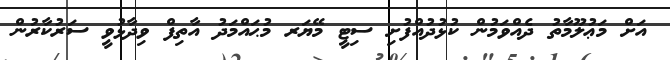
އަށް މަޢުލޫމާތު ދެއްވަމުން ކުޅުދުއްފުށި ސިޓީ މޭޔަރ މުޙައްމަދު އާތިފް ވިދާޅުވީ ސަރުކާރުން